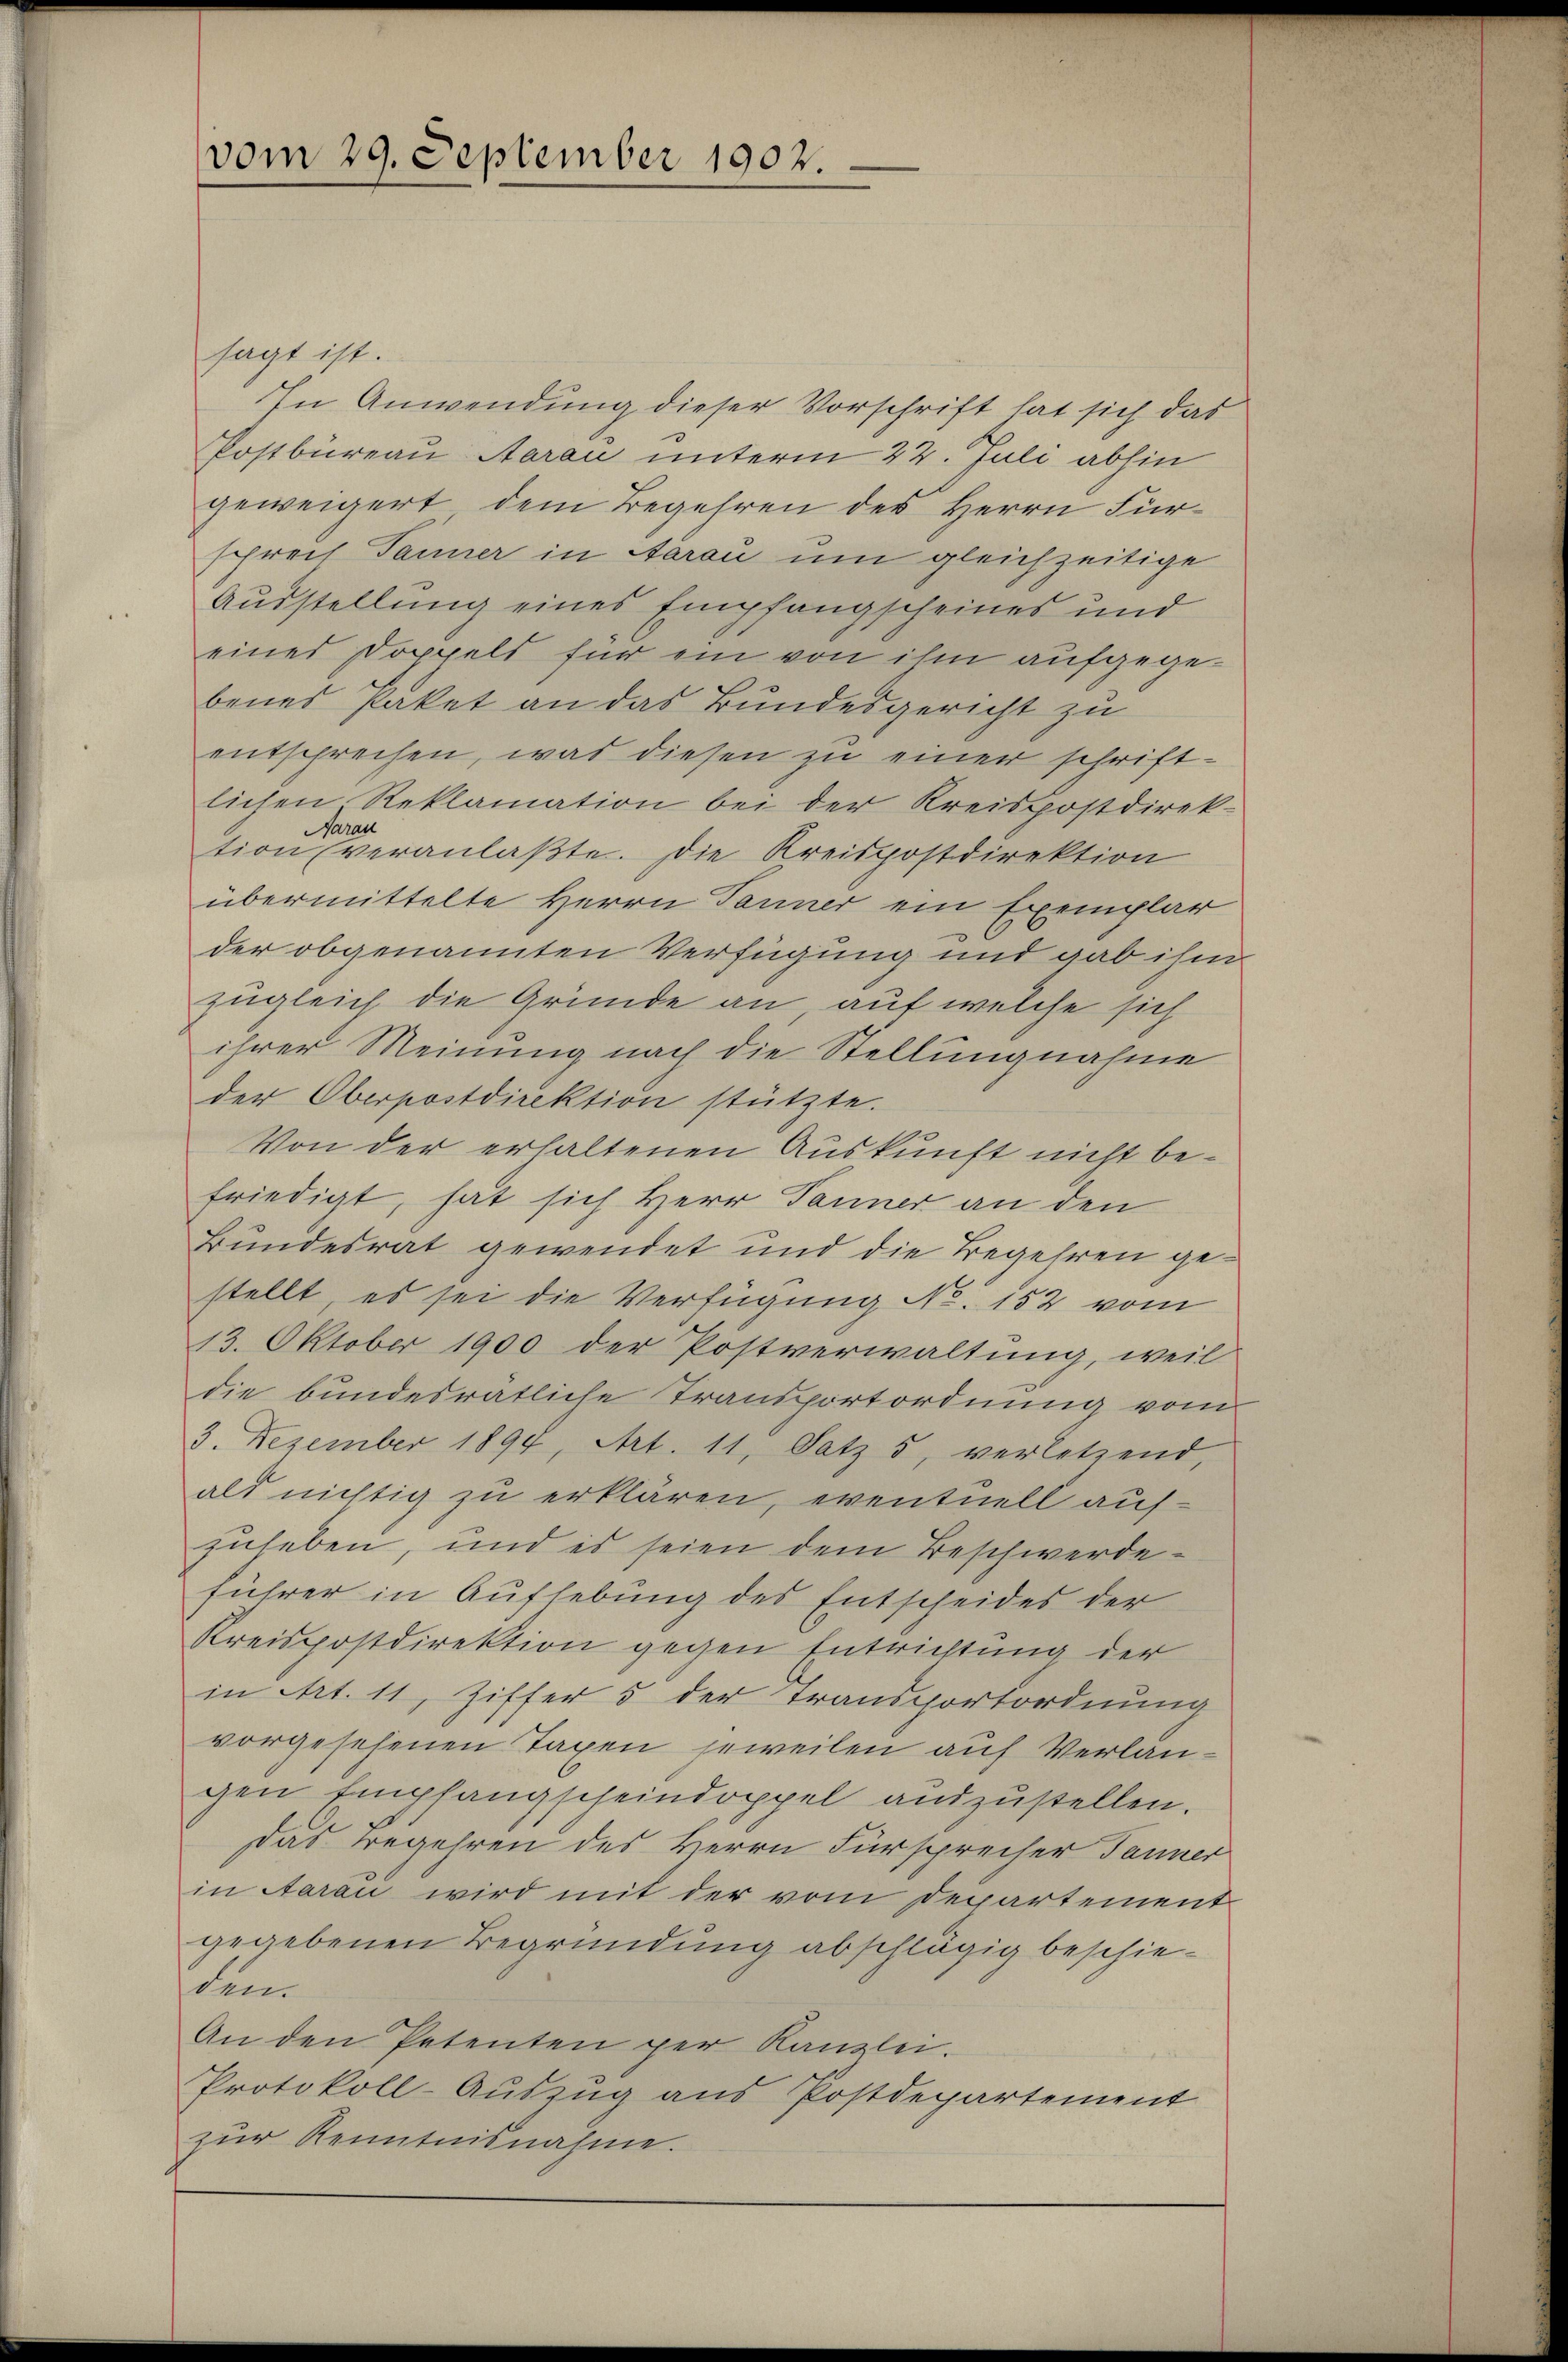
vom 29. September 1902.

sagt ist.
In Anwendung dieser Vorschrift hat sich das
Postbüreau, Aarau unterm 22. Juli abhin
geweigert dem Begehren des Herrn Fürsprech Tanner in Aarau um gleichzeitige
Ausstellung eines Empfangscheines und
eines Doppels für ein von ihm aufgegebenes Paket an das Bundesgericht zu
entsprechen, was diesen zu einer schriftlichen Reklamation bei der Kreispostdirek-
arau
tion veranlaßte. Die Kreispostdirektion
übermittelte Herrn Tanner ein Exemplar
der obgenannten Verfügung und gab ihm
zugleich die Gründe an, auf welche sich
ihrer Meinung nach die Stellungnahme
der Oberpostdirektion stützte.
Von der erhaltenen Auskunft nicht befriedigt, hat sich Herr Tanner an den
Bundesrat gewendet und die Begehren gestellt, es sei die Verfügung No. 152 vom
13. Oktober 1900 der Postverwaltung, weil
die bundesrätliche Transportordnung vom
3. Dezember 1894, Art. 11, Satz 5, verletzend,
als nichtig zu erklären, eventuell aufzuheben, und es seien dem Beschwerdeführer in Aufhebung des Entscheides der
Kreispostdirektion gegen Entrichtung der
in Art. 11, Ziffer 5 der Transportordnung
vorgesehenen Taxen jeweilen auf Verlangen Empfangscheindoppel auszustellen.
Das Begehren des Herrn Fürsprecher Tanner
in Aarau wird mit der vom Departement
gegebenen Begründung abschlägig beschieden.
An den Petenten per Kanzlei.
Protokoll-Auszug aus Postdepartement
zŭr Kenntnisnahme.